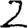
Digit: 2